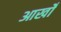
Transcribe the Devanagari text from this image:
आखोँ